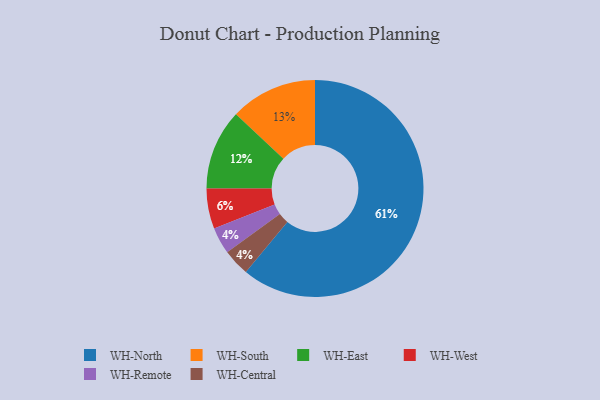
{"axis": {"x": "Category", "y": "Percentage"}, "legend": ["WH-Central", "WH-East", "WH-North", "WH-Remote", "WH-South", "WH-West"], "data": [{"x": "WH-Remote", "y": 4, "type": "WH-Remote"}, {"x": "WH-North", "y": 61, "type": "WH-North"}, {"x": "WH-Central", "y": 4, "type": "WH-Central"}, {"x": "WH-East", "y": 12, "type": "WH-East"}, {"x": "WH-West", "y": 6, "type": "WH-West"}, {"x": "WH-South", "y": 13, "type": "WH-South"}]}